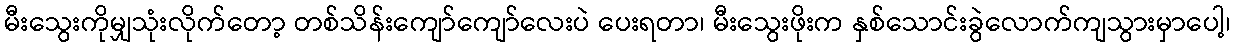
မီးသွေးကိုမျှသုံးလိုက်တော့ တစ်သိန်းကျော်ကျော်လေးပဲ ပေးရတာ၊ မီးသွေးဖိုးက နှစ်သောင်းခွဲလောက်ကျသွားမှာပေါ့၊